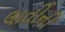
લાતીની